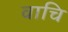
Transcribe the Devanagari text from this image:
वाचि